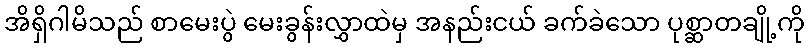
အိရှိဂါမိသည် စာမေးပွဲ မေးခွန်းလွှာထဲမှ အနည်းငယ် ခက်ခဲသော ပုစ္ဆာတချို့ကို